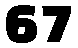
67